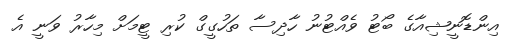
އިންޑޮނީޝިއާގެ ބޯޓު ވެއްޓުނު ހާދިސާ ތަހުގީގް ކުރި ޓީމަށް މިހާރު ވަނީ އެ